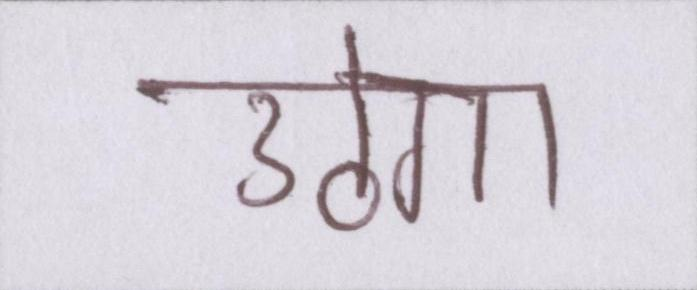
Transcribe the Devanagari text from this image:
उठेगा